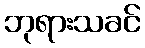
ဘုရားသခင်